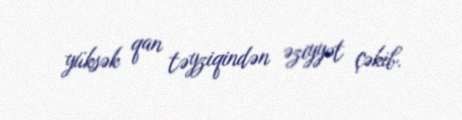
yüksək qan təyziqindən əziyyət çəkib.